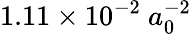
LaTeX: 1.11\times 10^{-2}\ a_{0}^{-2}